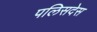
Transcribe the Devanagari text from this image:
पलिसदेस